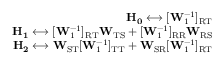
\begin{array} { r } { \mathbf { H _ { 0 } } \longleftrightarrow [ \mathbf { W } _ { 1 } ^ { - 1 } ] _ { \mathrm { R T } } } \\ { \mathbf { H _ { 1 } } \longleftrightarrow [ \mathbf { W } _ { 1 } ^ { - 1 } ] _ { \mathrm { R T } } \mathbf { W } _ { \mathrm { T S } } + [ \mathbf { W } _ { 1 } ^ { - 1 } ] _ { \mathrm { R R } } \mathbf { W } _ { \mathrm { R S } } } \\ { \mathbf { H _ { 2 } } \longleftrightarrow \mathbf { W } _ { \mathrm { S T } } [ \mathbf { W } _ { 1 } ^ { - 1 } ] _ { \mathrm { T T } } + \mathbf { W } _ { \mathrm { S R } } [ \mathbf { W } _ { 1 } ^ { - 1 } ] _ { \mathrm { R T } } } \end{array}